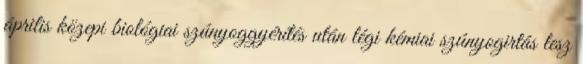
április közepi biológiai szúnyoggyérítés után légi kémiai szúnyogirtás lesz